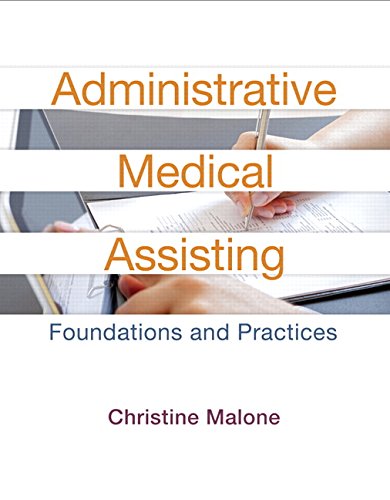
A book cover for Administrative Medical Assisting: Foundations and Practices (2nd Edition); Christine Malone; Medical Books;